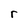
Character: r